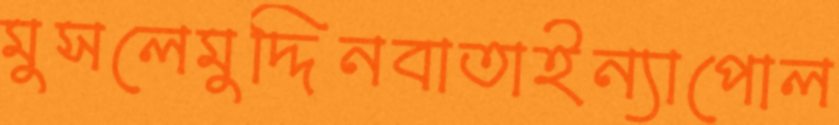
মুসলেমুদ্দিনবাতাইন্যাপোল